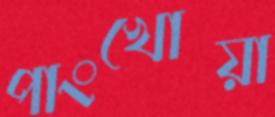
পাংখোয়া